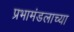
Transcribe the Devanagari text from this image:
प्रभामंडलाच्या